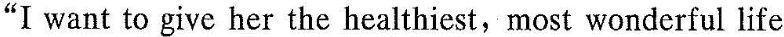
“I want to give her the healthiest, most wonderful life